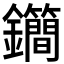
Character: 𨰝